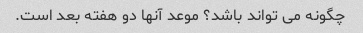
چگونه می تواند باشد؟ موعد آنها دو هفته بعد است.